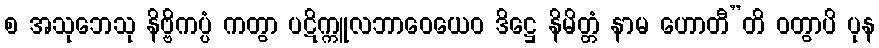
စ အသုဘေသု နိဗ္ဗိကပ္ပံ ကတွာ ပဋိက္ကူလဘာဝေယေဝ ဒိဋ္ဌေ နိမိတ္တံ နာမ ဟောတီ”တိ ဝတွာပိ ပုန